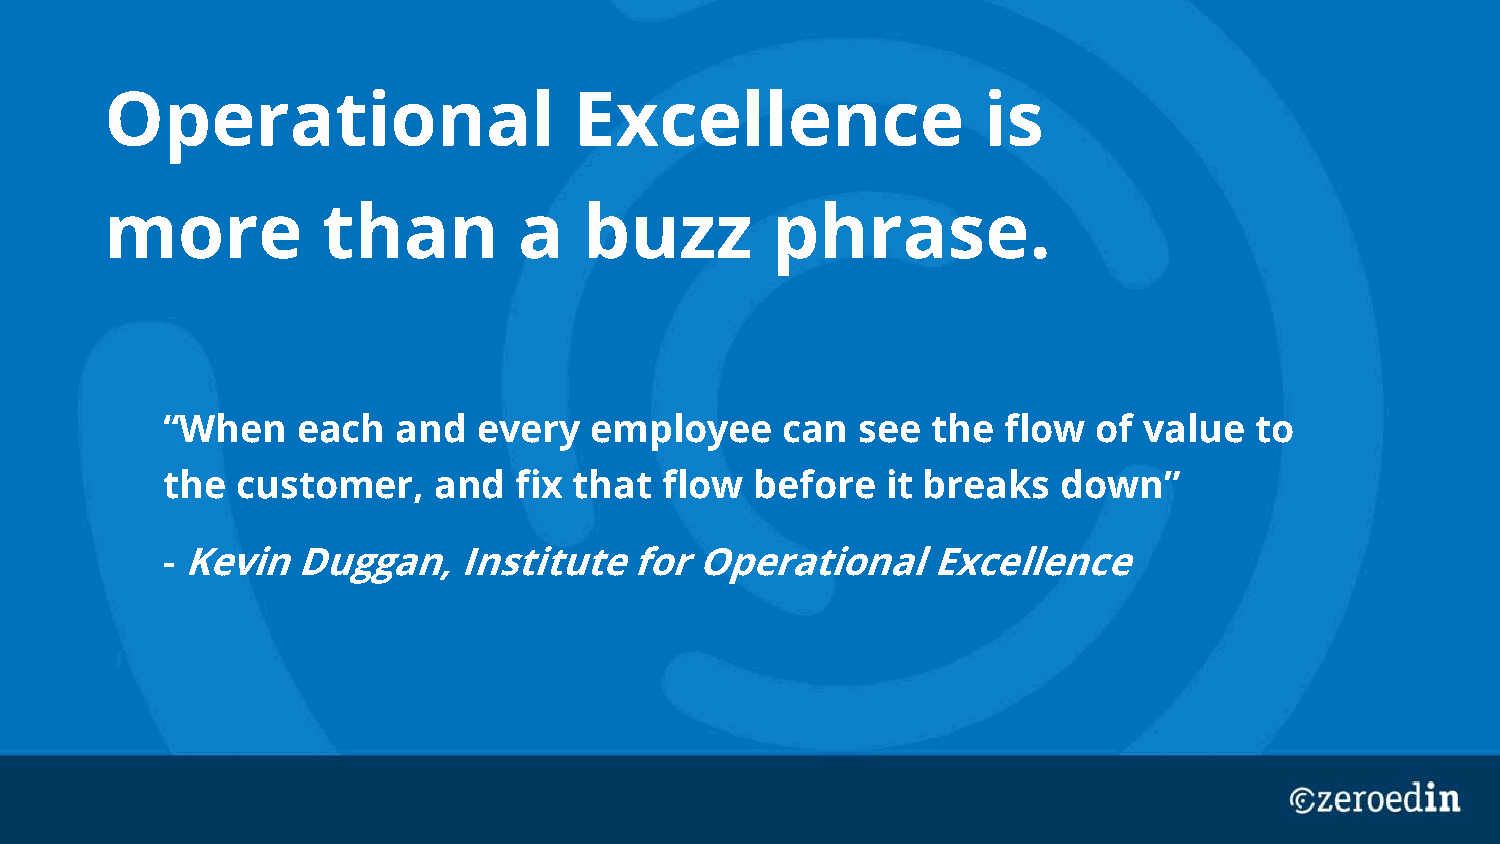
Operational                    Excellence                 is
 more          than         a    buzz        phrase.
 “When    each  and   every  employee     can  see  the flow   of value  to
 the  customer,    and  fix that  flow  before   it breaks  down”
 -Kevin   Duggan,   Institute   for Operational     Excellence